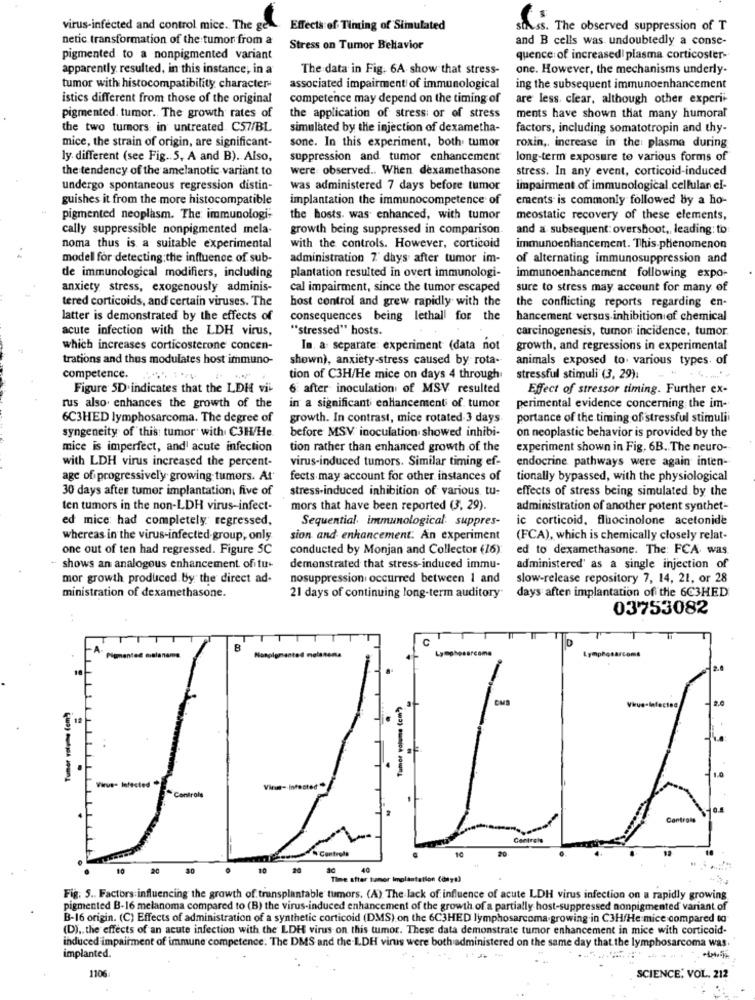
virus-infected and control mice. The ge
Effects of Timing of Simulated
SIN.ss. The observed suppression of T
netic transformation of the tumor from a
and B cells was undoubtedly a conse-
Stress on Tumor Bellavior
pigmented to a nonpigmented variant
quence of increased! plasma corticoster-
apparently resulted, in this instance, in a
The data in Fig. 6A show that stress-
one. However, the mechanisms underly-
tumor with histocompatibility character-
associated impairment of immunological
ing the subsequent immunoenhancement
istics different from those of the original
competence may depend on the timing of
are less, clear, although other experi-
pigmented. tumor. The growth rates of
the application of stress: or of stress
ments have shown that many humoral
the two tumors in untreated. C57/BL
simulated by the injection of dexametha-
factors, including somatotropin and thy-
mice, the strain of origin, are significant-
sone. In this experiment, both tumor
roxin ,, increase in the: plasma during
ly different (see Fig .. 5, A and B). Also,
suppression and tumor enhancement
long-term exposure to various forms of
the tendency of the amelanotic variant to
were observed .. When dexamethasone
stress. In any event, corticoid-induced
undergo spontaneous regression distin-
was administered 7 days before tumor
impairment of immunological cellular cl-
guishes it from the more histocompatible
implantation the immunocompetence of
ements is commonly followed by a ho-
pigmented neoplasm. The immunologi-
the hosts. was enhanced, with tumor
meostatic recovery of these elements,
cally suppressible nonpigmented mela-
growth being suppressed in comparison
and a subsequent: overshoot ,, leading: to:
noma thus is a suitable experimental
with the controls. However, corticoid
immunoenhancement. This phenomenon
model for detecting:the influence of sub-
administration 7 days after tumor im-
of alternating immunosuppression and
plantation resulted in overt immunologi-
de immunological modifiers, including
immunoenhancement following expo-
anxiety stress, exogenously adminis-
cal impairment, since the tumor escaped
sure to stress may account for many of
tered corticoids, and certain viruses. The
host control and grew rapidly with the
the conflicting reports regarding en-
latter is demonstrated by the effects of
consequences being lethall for the
hancement versus inhibition of chemical
acute infection with the LDH virus,
"stressed" hosts.
carcinogenesis, tumor incidence, tumor.
which increases corticosterone concen-
In. a separate: experiment (data not
growth, and regressions in experimental
trations and thus modulates host immuno-
shown), anxiety-stress caused by rota-
animals exposed to various types of
competence.
tion of C3H/He mice on days 4 through
stressful stimuli (3, 29):
Figure 5D indicates that the LDH vi
6 after inoculation of MSV resulted
Effect of stressor timing. Further ex-
rus also. enhances the growth of the
in a significant enhancement of tumor
perimental evidence concerning the im-
6C3HED lymphosarcoma. The degree of
growth. In contrast, mice rotated 3 days
portance of the timing of stressful stimuli
syngeneity of this: tumor with C3H/He
before MSV inoculation showed inhibi-
on neoplastic behavior is provided by the
mice is imperfect, and' acute infection
tion rather than enhanced growth of the
experiment shown in Fig. 6B. The neuro-
with LDH virus increased the percent-
virus-induced tumors. Similar timing ef-
endocrine pathways were again inten-
age of progressively growing tumors. At'
fects may account for other instances of
tionally bypassed, with the physiological
30 days after tumor implantation, five of
stress-induced inhibition of various tu-
effects of stress being simulated by the
ten tumors in the non-LDH virus-infect-
mors that have been reported (3, 29).
administration of another potent synthet-
ed mice: had completely regressed,
Sequential immunological: suppres-
ic corticoid, fluocinolone acetonide
whereas in the virus-infected-group, only
sion and enhancement: An experiment
(FCA), which is chemically closely relat-
one out of ten had regressed. Figure SC
conducted by Monjan and Collector (16):
ed to dexamethasone. The: FCA was
shows an analogous enhancement of tu-
demonstrated that stress-induced immu-
administered' as a single injection of
mor growth produced by the direct ad-
nosuppression occurred between 1 and
slow-release repository 7, 14, 21, or 28
ministration of dexamethasone.
21 days of continuing long-term auditory"
days aften implantation of the 6C3HED
03753082
TT
8
Lymphosarcoma
Pigmented malaname
Nonpigmented molanona
Lymphosarcoma
Tumor volume (cm )
CMS
2.0
Tumor volume (em))
Virus- Infected
Vinn- Infested
Controle
Centrets
Controls
10
20
30
10
20
Time after tuamor Implantation (day+)
Fig. 5 .. Factors influencing the growth of transplantable tumors. (A) The lack of influence of acute LDH virus infection on a rapidly growing
pigmented B-16 melanoma compared to (B) the virus-induced enhancement of the growth of a partially host-suppressed nonpigmented variant of
B-16 origin. (C) Effects of administration of a synthetic corticoid (DMS) on the 6C3HED lymphosarcoma growing.in C3H/He mice compared to
(D) .. the effects of an acute infection with the LDE virus on this tumor. These data demonstrate tumor enhancement in mice with corticoid-
induced impairment of immune competence. The DMS and the.L.DH virus were both administered on the same day that the lymphosarcoma was.
implanted.
1106
SCIENCE, VOL. 212